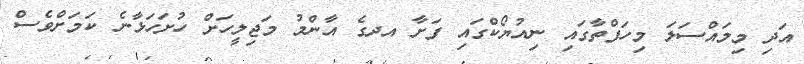
އަދި މިމައްސަލަ މިހަފްތާގައި ނިއުޔޯކްގައި ފަށާ އދގެ އާންމު މަޖިލީހަށް ހުށަހަޅާނެ ކަމަށްވެސް